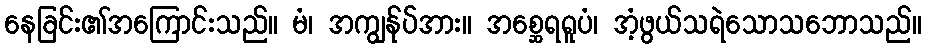
နေခြင်း၏အကြောင်းသည်။ မံ၊ အကျွန်ုပ်အား။ အစ္ဆေရရူပံ၊ အံ့ဖွယ်သရဲသောသဘောသည်။